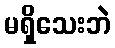
မရှိသေးဘဲ